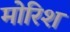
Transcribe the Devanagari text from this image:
मोरिश